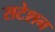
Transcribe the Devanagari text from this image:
सटेशन